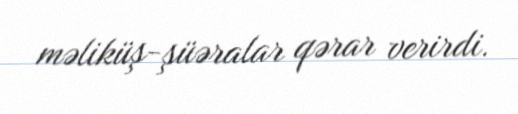
məliküş-şüəralar qərar verirdi.